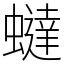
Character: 蟽